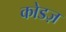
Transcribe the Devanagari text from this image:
कोडज़